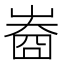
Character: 𡻲